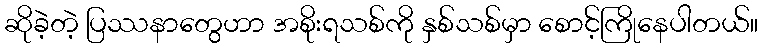
ဆိုခဲ့တဲ့ ပြဿနာတွေဟာ အစိုးရသစ်ကို နှစ်သစ်မှာ စောင့်ကြိုနေပါတယ်။